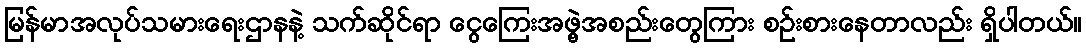
မြန်မာအလုပ်သမားရေးဌာနနဲ့ သက်ဆိုင်ရာ ငွေကြေးအဖွဲ့အစည်းတွေကြား စဉ်းစားနေတာလည်း ရှိပါတယ်။